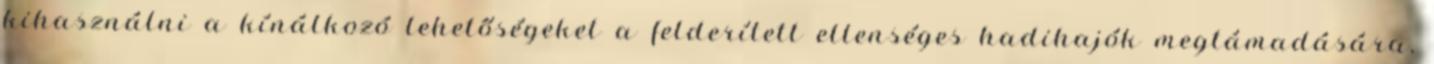
kihasználni a kínálkozó lehetőségeket a felderített ellenséges hadihajók megtámadására,